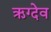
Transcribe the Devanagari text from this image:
ऋग्देव